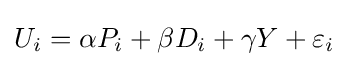
U_{i}=\alpha P_{i}+\beta D_{i}+\gamma Y+\varepsilon _{i}